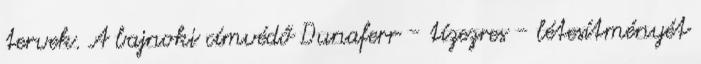
tervek. A bajnoki címvédő Dunaferr - tízezres - létesítményét